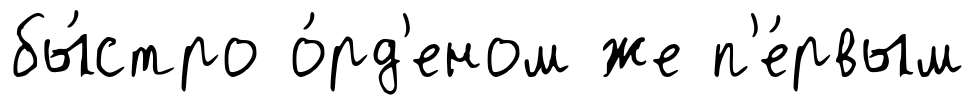
бы́стро о́рд'еном же п'е́рвым